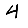
Digit: 4